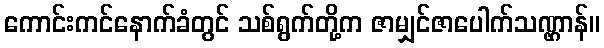
ကောင်းကင်နောက်ခံတွင် သစ်ရွက်တို့က ဇာမျှင်ဇာပေါက်သဏ္ဌာန်။